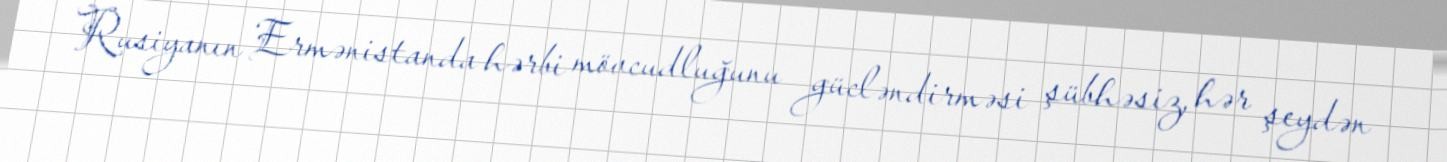
Rusiyanın Ermənistanda hərbi mövcudluğunu gücləndirməsi şübhəsiz, hər şeydən